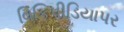
વિકિપીડિયાપર